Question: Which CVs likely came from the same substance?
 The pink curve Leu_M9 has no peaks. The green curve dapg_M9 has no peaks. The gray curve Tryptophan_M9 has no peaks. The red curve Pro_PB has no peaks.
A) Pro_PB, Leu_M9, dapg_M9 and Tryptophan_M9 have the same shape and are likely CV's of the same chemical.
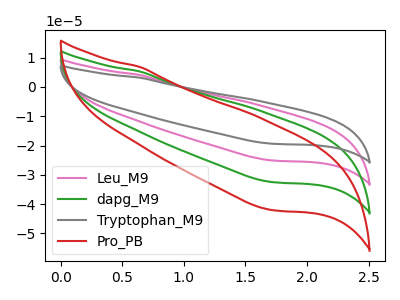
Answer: <think>Neither "Leu_M9" or "dapg_M9" have any peaks. Neither "Leu_M9" or "Tryptophan_M9" have any peaks. Neither "Leu_M9" or "Pro_PB" have any peaks. Neither "dapg_M9" or "Tryptophan_M9" have any peaks. Neither "dapg_M9" or "Pro_PB" have any peaks. Neither "Tryptophan_M9" or "Pro_PB" have any peaks.
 </think>
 <answer>A) "Pro_PB", "Leu_M9", "dapg_M9" and "Tryptophan_M9" have the same shape and are likely CV's of the same chemical.</answer>
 <eval>A</eval>